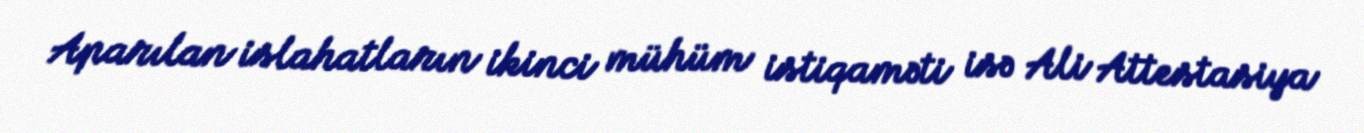
Aparılan islahatların ikinci mühüm istiqaməti isə Ali Attestasiya